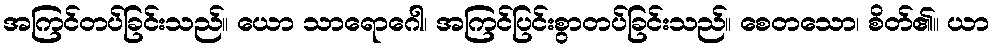
အကြင်တပ်ခြင်းသည်။ ယော သာရောဂေါ၊ အကြင်ပြင်းစွာတပ်ခြင်းသည်။ စေတသော၊ စိတ်၏။ ယာ